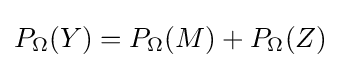
P_{\Omega }(Y)=P_{\Omega }(M)+P_{\Omega }(Z)